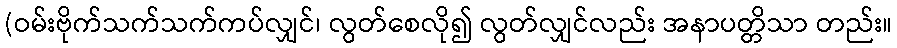
(ဝမ်းဗိုက်သက်သက်ကပ်လျှင်၊ လွတ်စေလို၍ လွတ်လျှင်လည်း အနာပတ္တိသာ တည်း။